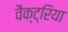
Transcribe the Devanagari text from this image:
वैक्ट्रिया